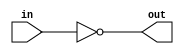
`timescale 1ns / 1ps
//////////////////////////////////////////////////////////////////////////////////
// Company: 
// Engineer: 
// 
// Design Name: 
// Module Name: inversor
// Project Name: 
// Target Devices: 
// Tool Versions: 
// Description: 
// 
// Dependencies: 
// 
// Revision:
// Revision 0.01 - File Created
// Additional Comments:
// 
//////////////////////////////////////////////////////////////////////////////////


module inversor(
    input wire in,
    output wire out
    );
    assign out = !in;
endmodule